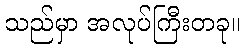
သည်မှာ အလုပ်ကြီးတခု။